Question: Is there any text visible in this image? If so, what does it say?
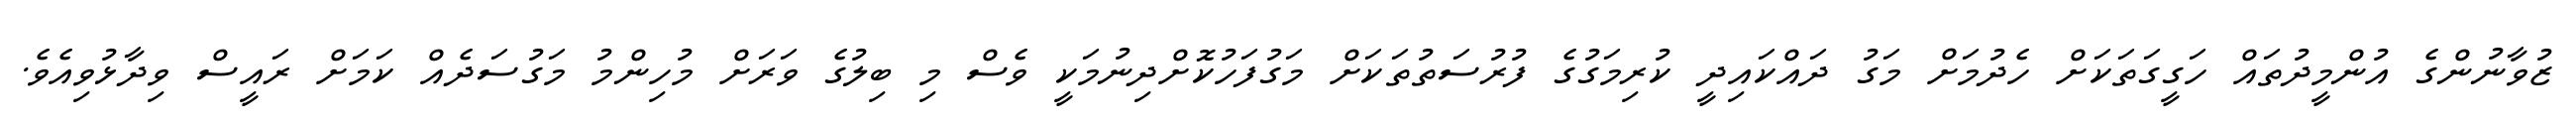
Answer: ޒުވާނުންގެ އުންމީދުތައް ހަގީގަތަކަށް ހެދުމަށް މަގު ދައްކައިދީ ކުރިމަގުގެ ފުރުސަތުތަކަށް މަގުފަހުކޮށްދިނުމަކީ ވެސް މި ބިލުގެ ވަރަށް މުހިންމު މަގުސަދެއް ކަމަށް ރައީސް ވިދާޅުވިއެވެ.